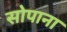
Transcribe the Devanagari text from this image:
सोपाना